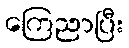
ကြေညာပြီး